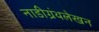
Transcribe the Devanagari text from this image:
नाडीग्रंथलेखन